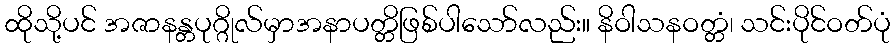
ထိုသို့ပင် အဇာနန္တပုဂ္ဂိုလ်မှာအနာပတ္တိဖြစ်ပါသော်လည်း။ နိဝါသနဝတ္တံ၊ သင်းပိုင်ဝတ်ပုံ